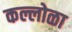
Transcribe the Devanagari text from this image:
कल्लोळा